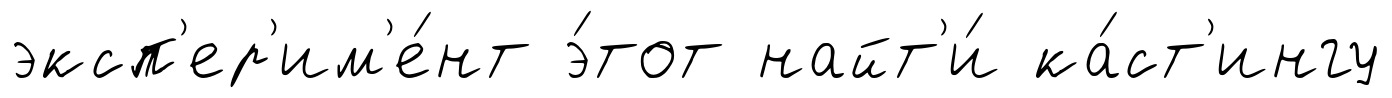
эксп'ер'им'е́нт э́тот найт'и́ ка́ст'ингу